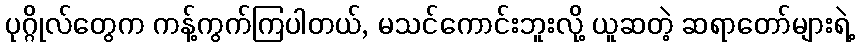
ပုဂ္ဂိုလ်တွေက ကန့်ကွက်ကြပါတယ်, မသင်ကောင်းဘူးလို့ ယူဆတဲ့ ဆရာတော်များရဲ့